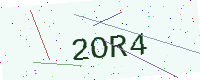
Text: 2OR4